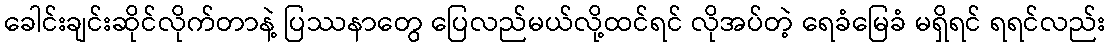
ခေါင်းချင်းဆိုင်လိုက်တာနဲ့ ပြဿနာတွေ ပြေလည်မယ်လို့ထင်ရင် လိုအပ်တဲ့ ရေခံမြေခံ မရှိရင် ရရင်လည်း